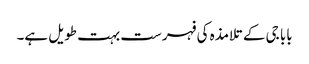
بابا جی کے تلامذہ کی فہرست بہت طویل ہے۔